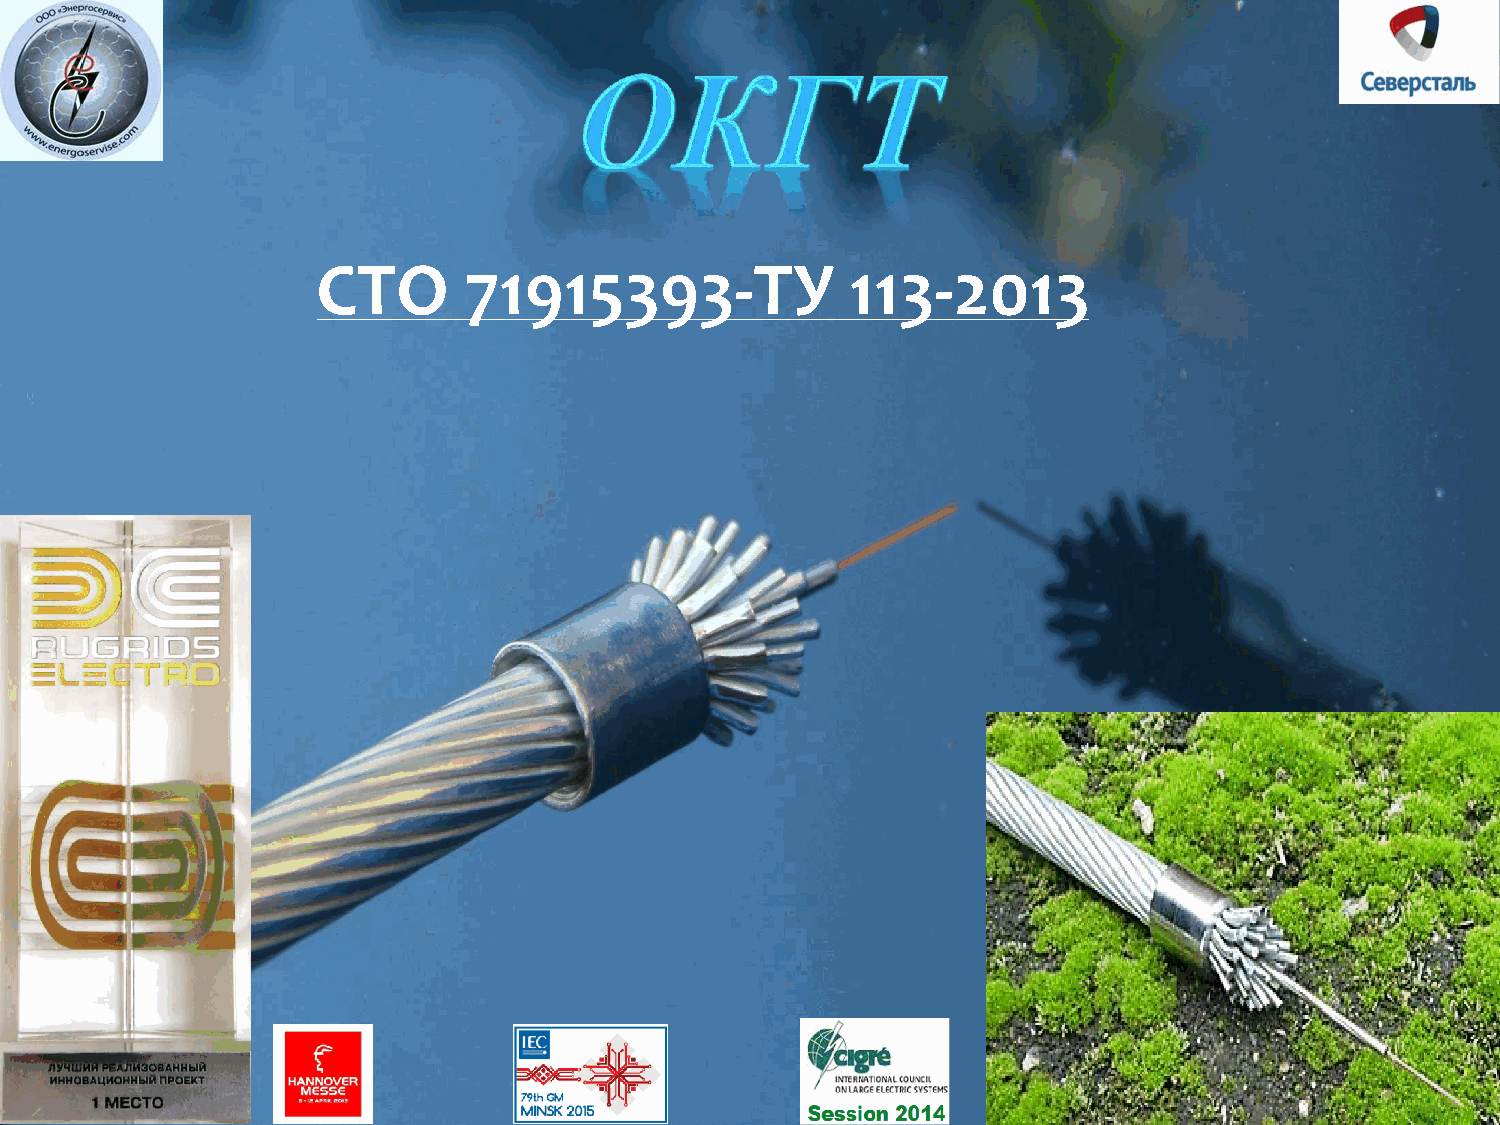
СТО       71915393-ТУ              113-2013